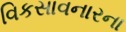
વિકસાવનારના